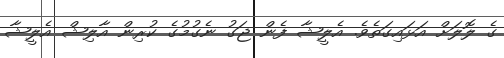
ގެ ލޮލަށް އަޅައިގަތެވެ. އެލީޝާ ފެން ޖަގު ނެގުމުގެ ކުރިން އާލިޝް އެލީޝާ